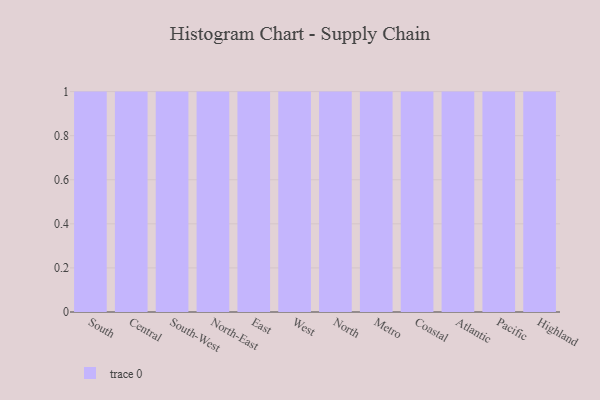
{"axis": {"x": "Region", "y": "Headcount"}, "legend": [""], "data": [{"x": "South", "y": 44, "type": ""}, {"x": "Central", "y": 13, "type": ""}, {"x": "South-West", "y": 46, "type": ""}, {"x": "North-East", "y": 57, "type": ""}, {"x": "East", "y": 62, "type": ""}, {"x": "West", "y": 20, "type": ""}, {"x": "North", "y": 52, "type": ""}, {"x": "Metro", "y": 40, "type": ""}, {"x": "Coastal", "y": 5, "type": ""}, {"x": "Atlantic", "y": 96, "type": ""}, {"x": "Pacific", "y": 78, "type": ""}, {"x": "Highland", "y": 88, "type": ""}]}